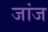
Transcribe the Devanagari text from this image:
जांज